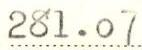
281.07